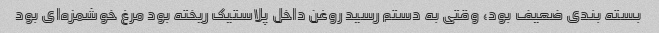
بسته بندی ضعیف بود، وقتی به دستم رسید روغن داخل پلاستیک ریخته بود مرغ خوشمزه‌ای بود